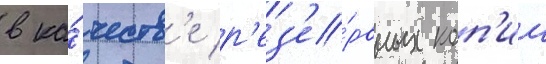
в ка́честв'е р'ез'е́рвных коп'ии